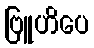
ဗြူဟိပေ